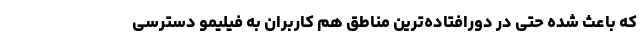
که باعث شده حتی در دورافتاده‌ترین مناطق هم کاربران به فیلیمو دسترسی